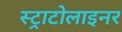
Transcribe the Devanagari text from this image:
स्ट्राटोलाइनर